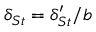
\delta _ { S t } = \delta _ { S t } ^ { \prime } / b